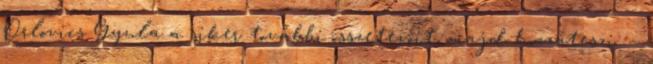
Orlovics Gyula a siker további összetevôit, majd hozzáteszi: —